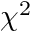
\chi ^ { 2 }